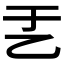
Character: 𠃗